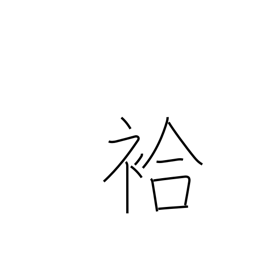
Meaning: lined (kimono)